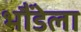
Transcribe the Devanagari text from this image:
भौंडेला